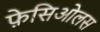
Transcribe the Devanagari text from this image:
फ़ेसिओलस